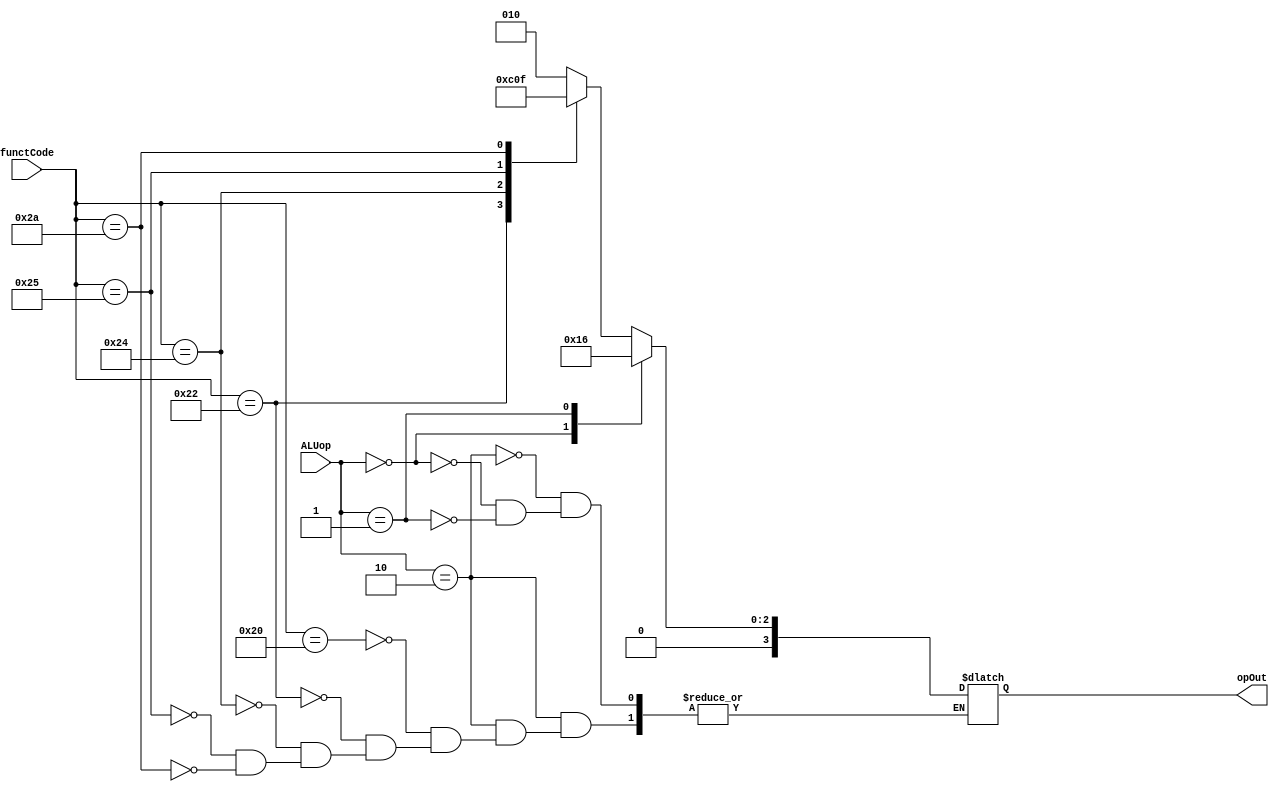
/*
 * Taylor Skilling
 * Will Johnson
 * 12/7/2016
 * EECE 3324
 *
 * ALUControl.v -- Control for the main ALU
 */
 
module ALUControl(ALUop,functCode,opOut);
	input[0:1] ALUop;
	input[0:5] functCode;
	output[0:3] opOut;
	reg[0:3] opOut;
	
	always@(*) begin
		case(ALUop)
			2'b10: begin			// ADD, SUB, AND, OR, SLT
				case(functCode)
					6'b100000: opOut = 4'b0010; // ADD
					6'b100010: opOut = 4'b0110; // SUB
					6'b100100: opOut = 4'b0000; // AND
					6'b100101: opOut = 4'b0001; // OR
					6'b101010: opOut = 4'b0111; // SLT
				endcase
			end
			2'b00: opOut = 4'b0010; 			// LW or SW or ADDI -> ADD
			2'b01: opOut = 4'b0110;				// BEQ -> SUB
		endcase
	end
endmodule